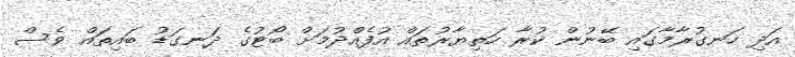
އަދި ހަނގުރާމާގައި ބޭނުން ކުރާ ހަތިޔާރުތައް އުފެއްދުމަށް ބޯޓުގެ ދަނގަޑު ބައިތައް ވެސް